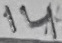
Text: 14